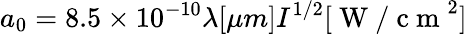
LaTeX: a_{0}=8.5\times 10^{-10}\lambda[\mu m]I^{1/2}[\mathrm{~W~/~c~m~}^{2}]